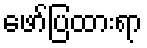
ဖော်ပြထားရာ